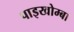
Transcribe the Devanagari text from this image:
पाइखोम्बा